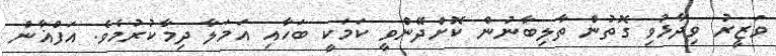
ވަޒީރު ވިދާޅުވި ގޮތުން ތާލިބާނުން ކޮށްދޭންވީ ކަމަކީ ބަހާއި އަމަލާ ދިމާކުރުމެވެ. އަފްޣާން